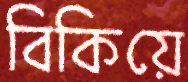
বিকিয়ে